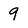
Character: 9